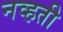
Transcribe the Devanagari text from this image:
नव्‍हती